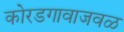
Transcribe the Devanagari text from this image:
कोरडगावाजवळ